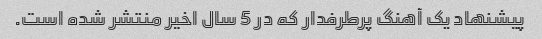
پیشنهاد یک آهنگ پرطرفدار که در 5 سال اخیر منتشر شده است.